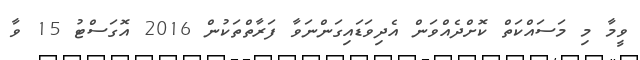
ވީމާ މި މަސައްކަތް ކޮށްދެއްވަން އެދިވަޑައިގަންނަވާ ފަރާތްތަކުން 2016 އޮގަސްޓު 15 ވާ